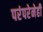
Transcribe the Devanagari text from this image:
परंपरेनेही